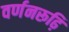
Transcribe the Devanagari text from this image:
वर्णनरूढ़ि